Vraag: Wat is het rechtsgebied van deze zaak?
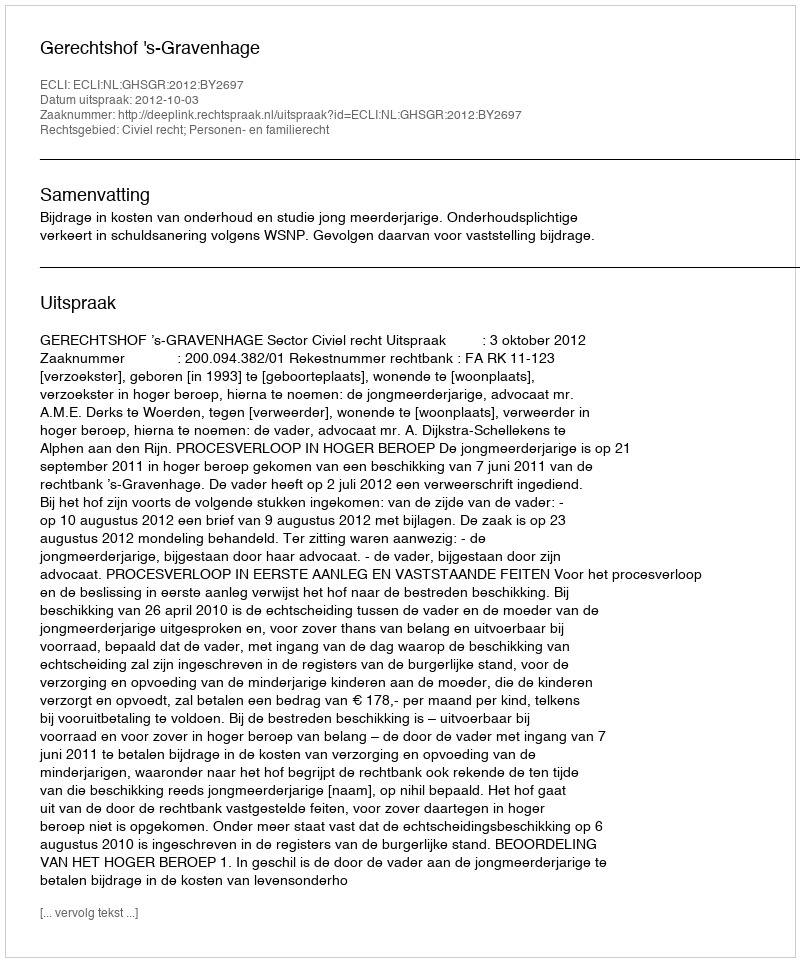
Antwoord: Civiel recht; Personen- en familierecht